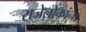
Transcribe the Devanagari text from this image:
राजेलोकांना